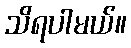
သိရပါမယ်။